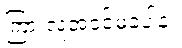
ကြားလူအဝင်မခံပါနဲ့။